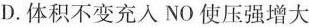
D.体积不变充入NO使压强增大